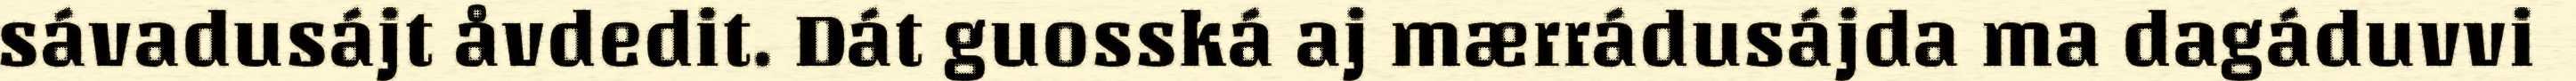
sávadusájt åvdedit. Dát guosská aj mærrádusájda ma dagáduvvi